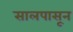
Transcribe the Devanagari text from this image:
सालपासून